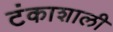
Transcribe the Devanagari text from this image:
टंकाशाली